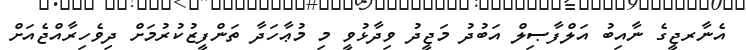
އެނާރޖީގެ ނާއިބު އަލްފާޞިލް އަބުދު މަޖީދު ވިދާޅުވީ މި މުޢާހަދާ ތަންފީޒުކުރުމަށް ދިވެހިރާއްޖެއަށް